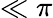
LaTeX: {\ll\pi}